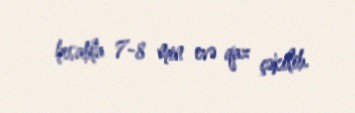
hesabla 7-8 min evə qaz çəkilib.